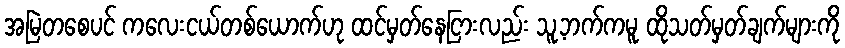
အမြဲတစေပင် ကလေးငယ်တစ်ယောက်ဟု ထင်မှတ်နေငြားလည်း သူ့ဘက်ကမူ ထိုသတ်မှတ်ချက်များကို